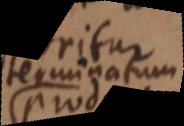
terminatum